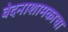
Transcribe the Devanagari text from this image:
वेदनाशामकाचा